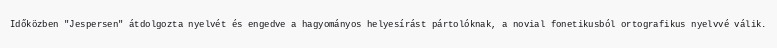
Időközben "Jespersen" átdolgozta nyelvét és engedve a hagyományos helyesírást pártolóknak, a novial fonetikusból ortografikus nyelvvé válik.